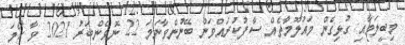
މިބީލަމާއި ގުޅިގެން މައުލޫމާތެއް ސާފުކުރައްވަން ބޭނުންވާނަމަ 22 ނޮވެންބަރު 2021 ވާ ހޯމަ